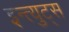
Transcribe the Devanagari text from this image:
इन्त्युट्स